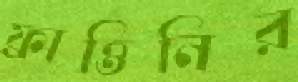
ফ্রাত্তিনির